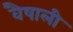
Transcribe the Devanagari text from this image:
वैषाली